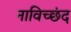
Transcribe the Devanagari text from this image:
नाविच्छंद